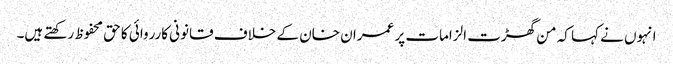
انہوں نے کہا کہ من گھڑت الزامات پر عمران خان کے خلاف قانونی کارروائی کا حق محفوظ رکھتے ہیں۔